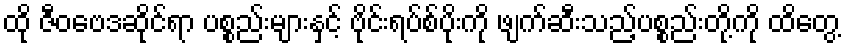
ထို ဇီဝဗေဒဆိုင်ရာ ပစ္စည်းများနှင့် ဗိုင်းရပ်စ်ပိုးကို ဖျက်ဆီးသည့်ပစ္စည်းတို့ကို ထိတွေ့